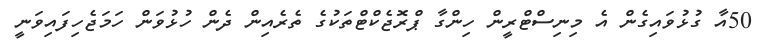
50އާ ގުޅުވައިގެން އެ މިނިސްޓްރީން ހިންގާ ޕްރޮޖެކްޓްތަކުގެ ތެރެއިން ދެން ހުޅުވަން ހަމަޖެހިފައިވަނީ